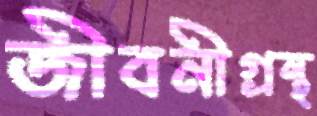
জীবনীগ্রন্থ